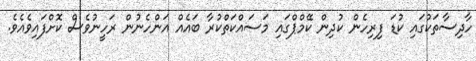
ހާދިސާތަކުގައި ކުޑަ ފިރިހެން ކުދިން ކޭމްޕްގައި މަސައްކަތްކުރާ ބައެއް އަންހެނުން ރަހީނުވެސް ކޮށްފައިވެއެވެ.